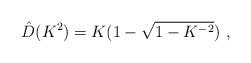
LaTeX: \begin{align*}\hat{D}(K^{2})=K(1-\sqrt{1-K^{-2}})\ ,\end{align*}